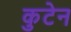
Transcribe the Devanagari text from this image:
कुटेन